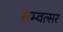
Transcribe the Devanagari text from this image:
सम्वत्सर